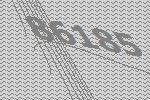
86185